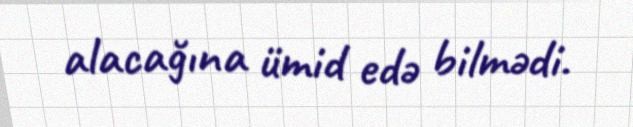
alacağına ümid edə bilmədi.